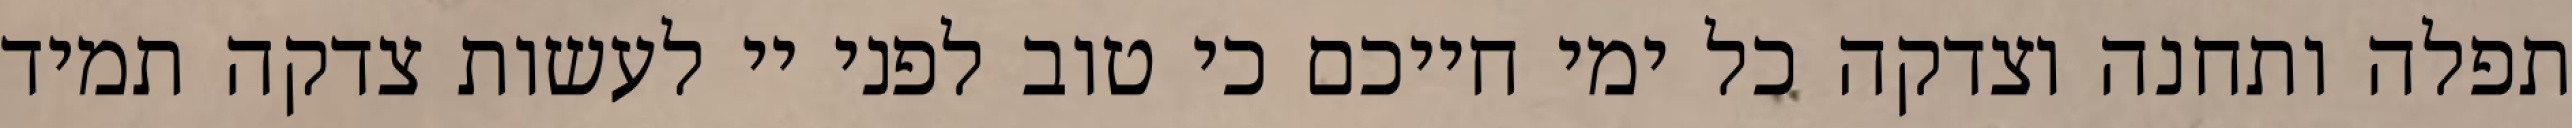
תפלה ותחנה וצדקה כל ימי חייכם כי טוב לפני יי לעשות צדקה תמיד